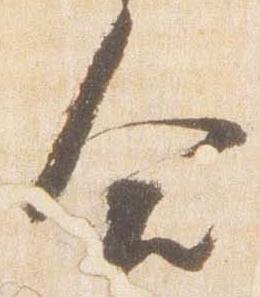
合